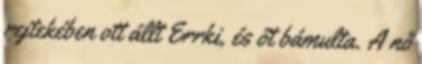
rejtekében ott állt Errki, és őt bámulta. A nő